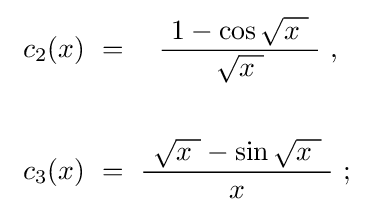
{\begin{aligned}\ c_{2}(x)~&=~~~{\frac {\ 1-\cos {\sqrt {x\ }}\ }{\sqrt {x\ }}}\ ,\\\\\ c_{3}(x)~&=~{\frac {\ {\sqrt {x\ }}-\sin {\sqrt {x\ }}\ }{x}}\ ;\end{aligned}}